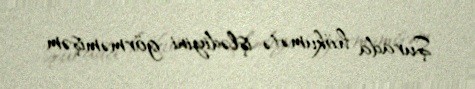
Şurada hökumətə işlədiyini görməmişəm.